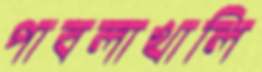
পাবলাখালি